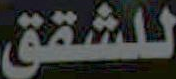
للشقق